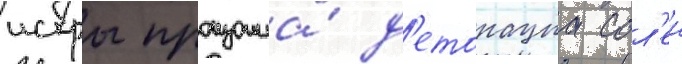
искры произошла́ д'етонациа сол'еи